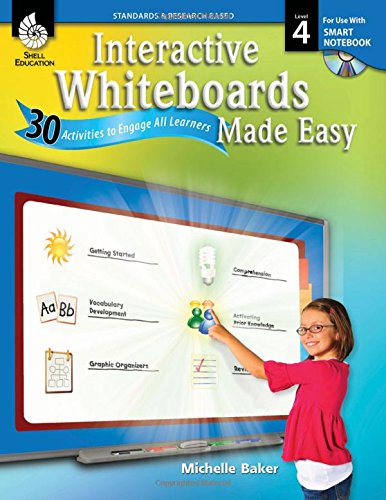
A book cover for Interactive Whiteboards Made Easy (SMART Notebook Software); Michelle Baker; Education & Teaching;